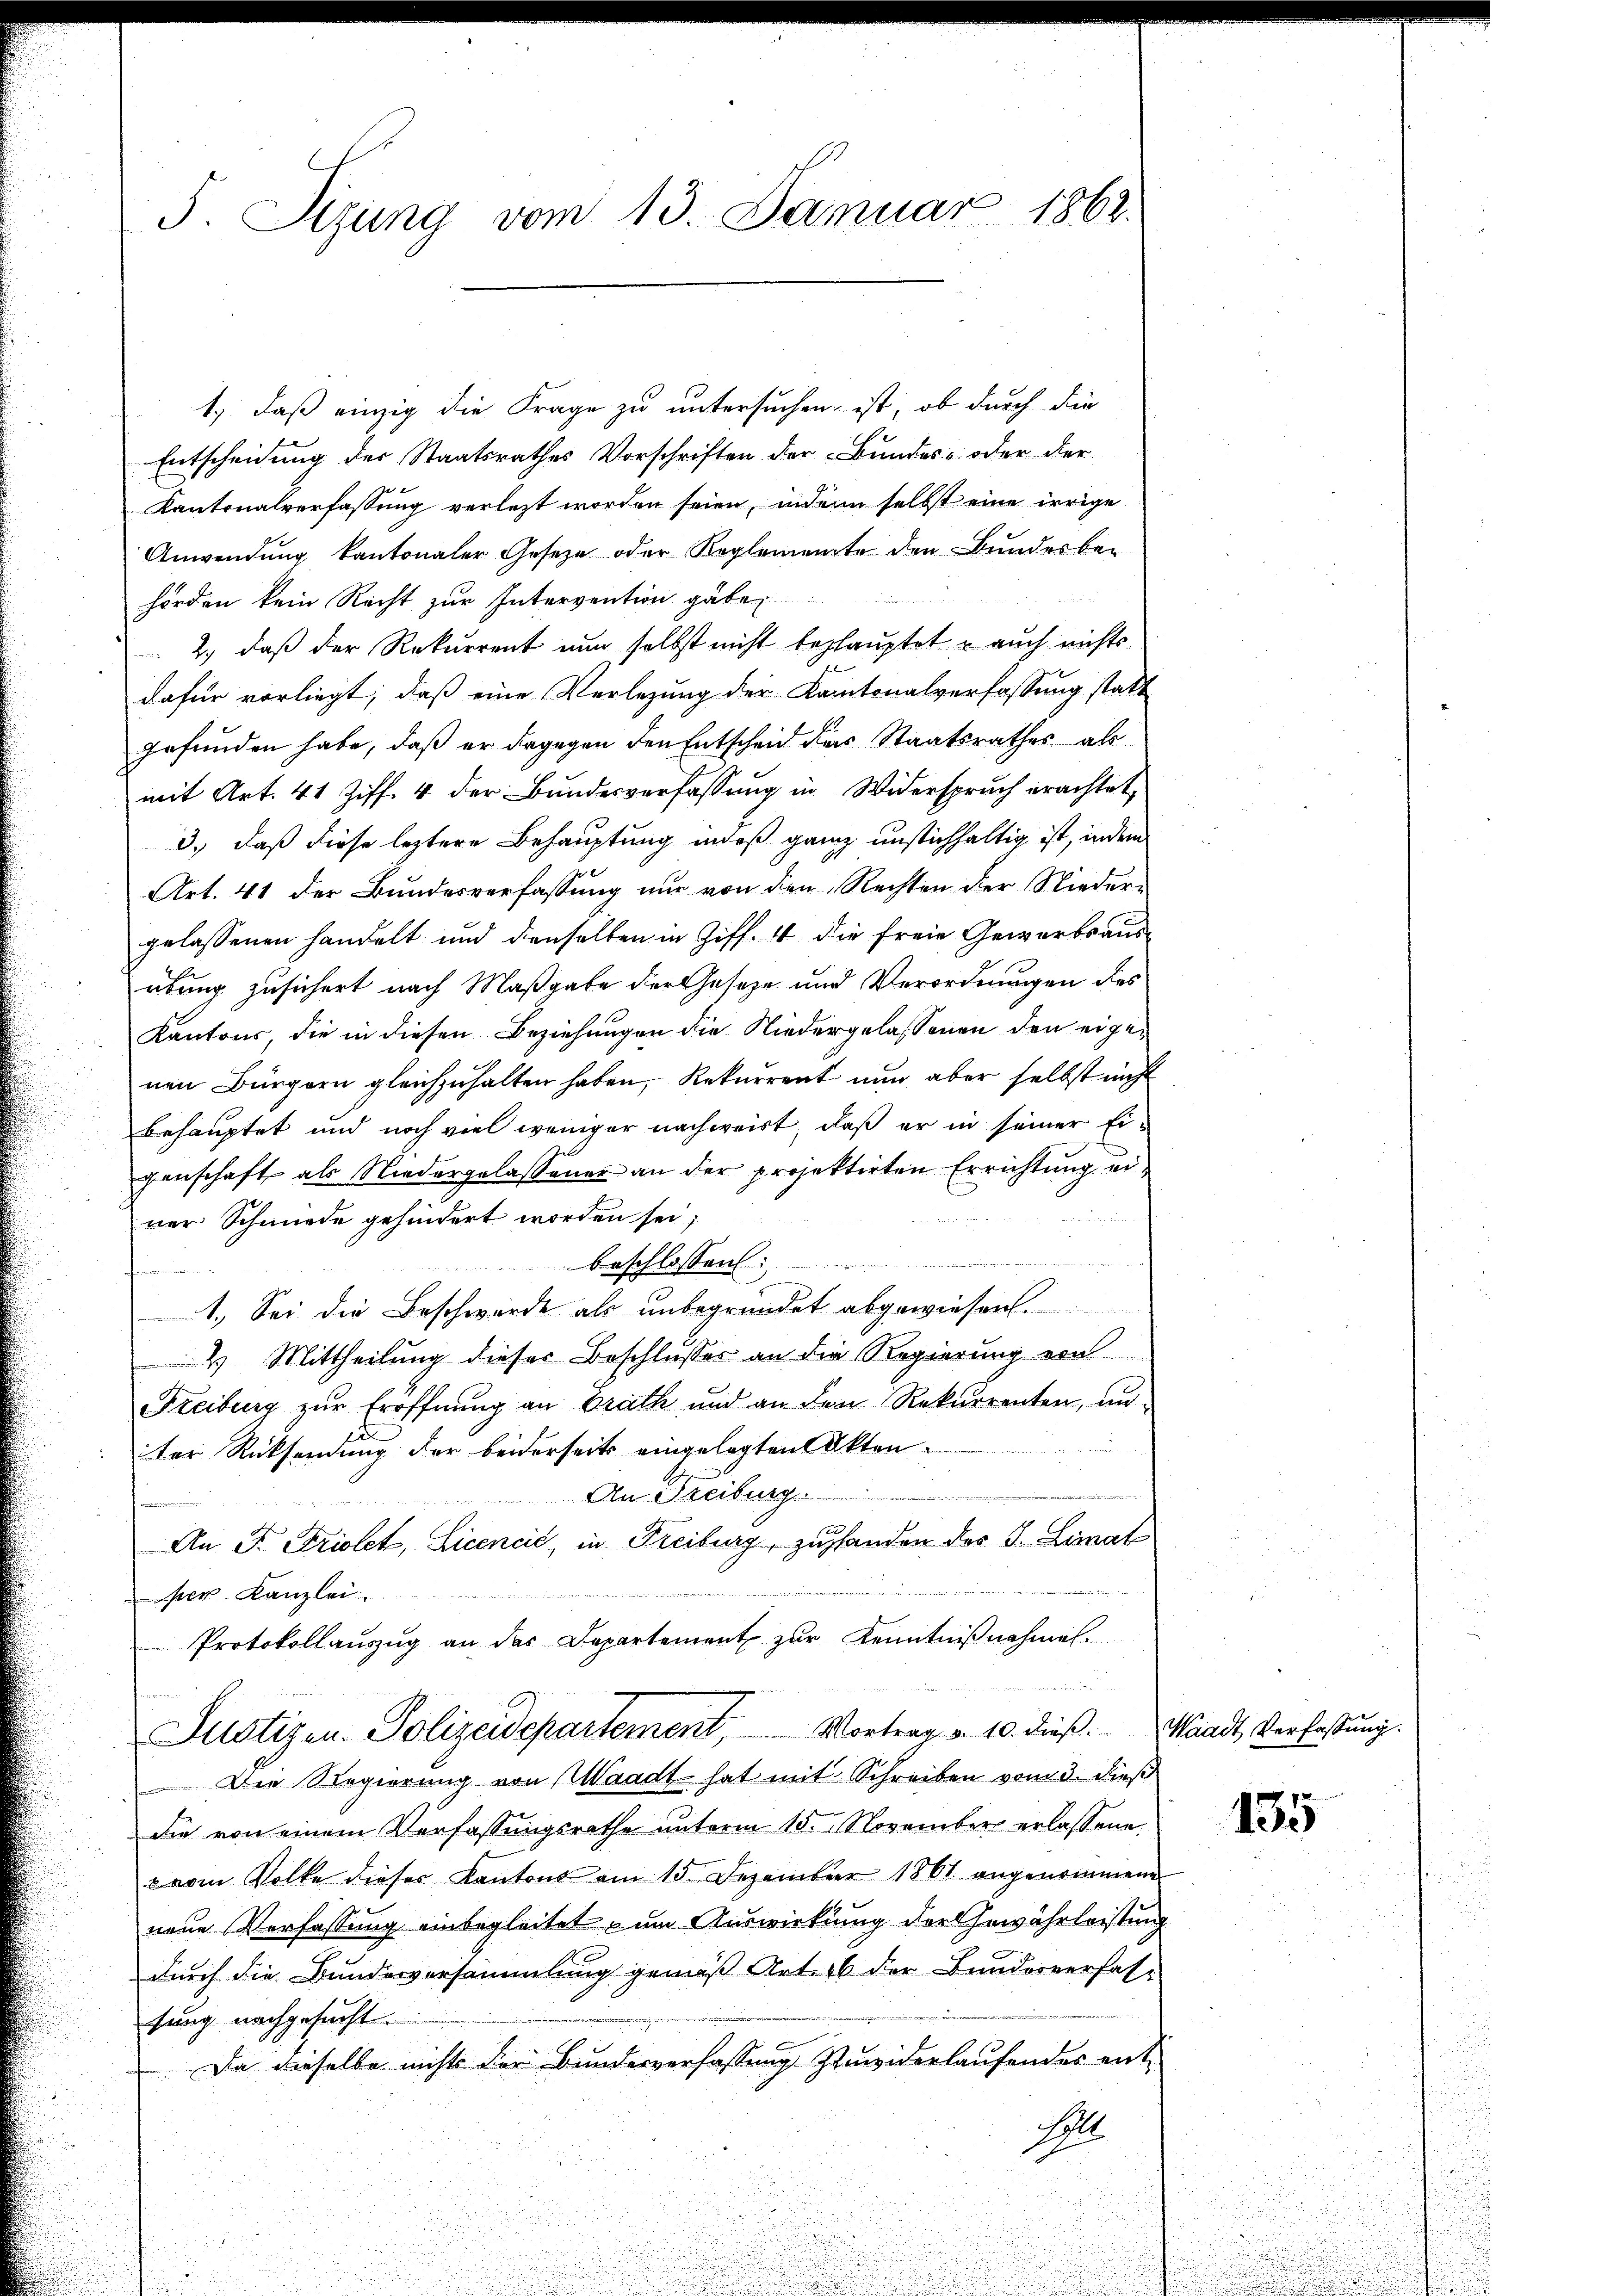
5. Sizung vom 13. Januar 1862.

1.) daß einzig die Frage zu untersuchen, ist, ob durch die
Entscheidung der Staatsrathes Vorschriften der Bundes- oder der
Kantonalverfassung verletzt worden seien, inden selbst eine irrige
Anwendung kantonaler Gesetze oder Reglemente den Bunderber
 2
hörden kein Recht zur Intervention gäbe,
2.) daß der Rekurrent nun selbst nicht behauptet u auch nichts
dafür vorliegt, daß eine Verlegung der Kantonalverfassung statt
gefunden habe, daß er dagegen den Entscheid des Staatsrathes als
mit Art. 41 Ziff. 4 der Bŭndesverfassŭng in Widerspruch erachtet,
3., daß diese leztere Behauptung indeß ganz unstichhaltig ist, indem
Art. 41 der Bundesverfassung nur von den Rechten der Niedergelassenen handelt und denselben in Ziff. 4 die freie Gewerbsausübung zusichert nach Maßgabe der Geseze und Verordnungen des
Kantons die in diesen Beziehungen die Niedergelassenen den eigenen Bürgern gleichzuhalten haben, Rekurrent nun aber selbst nicht
behauptet und noch viel weniger nachweist, daß er in seiner Eigenschaft als Niedergelassener an der projektirten Errichtung einer Schmiede gehindert worden sei;
beschlossen:
u
1. Sei die Beschwerde als unbegründet abgewiesen.
2) Mittheilung dieser Beschlusses an die Regierung von
Freiburg zur Eröffnung an Drath und an den Rekurrenten, un-
ter Rücksendung der beiderseits eingelegten Akten
An Freiburg
x
An F. Striolet, Licencić, in Freiburg, zuhanden des J. Limat
iet
per Kanzlei
Protokollauszug an das Departement zur Kenntnißnahmen.
Justizen. Polizeidepartement, Vortrag v. 10. dieß.
 Die Regierung von Waadt hat mit Schreiben vom 3. dieß
die von einem Verfassungsrathe unterm 15. November erlassene
arm Volke dieser Kantons am 15. Dezember 1861 angenommene
nene Verfassung einbegleitet zum Auswirkung der Gewährleistung
durch die Bundesversammlung gemäß Art. 46 der Bundesverfas-
tung nachgesucht.
Da dieselbe nichts der Bundesverfassung zuwiderlaufendes ent¬
S

Waadt Verfassung.

135